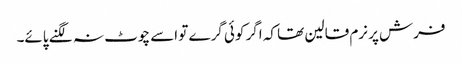
فرش پر نرم قالین تھا کہ اگر کوئی گرے تو اسے چوٹ نہ لگنے پائے۔